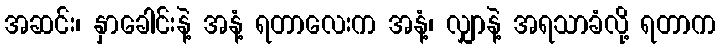
အဆင်း၊ နှာခေါင်းနဲ့ အနံ့ ရတာလေးက အနံ့၊ လျှာနဲ့ အရသာခံလို့ ရတာက